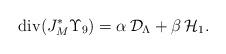
LaTeX: \begin{align*}{\rm div}(J_{M}^{*}\Upsilon_{9})=\alpha\,{\mathcal D}_{\Lambda}+\beta\,{\mathcal H}_{1}.\end{align*}